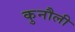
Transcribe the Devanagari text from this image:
कुनौली